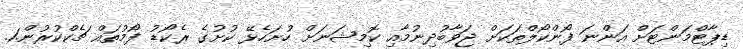
ޑިޕާޓްމަންޓަށް އަންނަ ފޯންކޯލްތަކަށް ޖަވާބުދިނުމާއި ކޮމިޝަނަށް ހުށަހެޅޭ ކުށުގެ ރެކޯޑު ފޯމުތައް ޗެކްކުރުން.1.